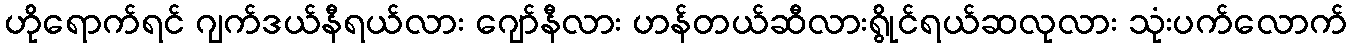
ဟိုရောက်ရင် ဂျက်ဒယ်နီရယ်လား ဂျော်နီလား ဟန်တယ်ဆီလားရွိုင်ရယ်ဆလုလား သုံးပက်လောက်